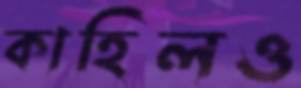
কাহিলও